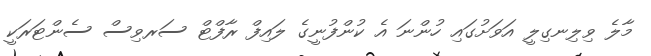
މާލެ ވިލިނގިލީ އަވަށުގައި ހުންނަ އެ ކުންފުނީގެ ލައިފް ރާފްޓް ސަރވިސް ސެންޓަރަކީ